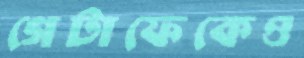
গেটাফেকেও